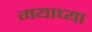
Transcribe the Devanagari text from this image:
गयाच्या